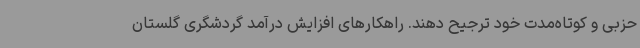
حزبی و کوتاه‌مدت خود ترجیح دهند. راهکارهای افزایش درآمد گردشگری گلستان